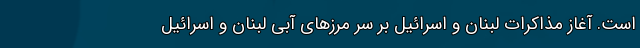
است. آغاز مذاکرات لبنان و اسرائیل بر سر مرزهای آبی لبنان و اسرائیل